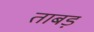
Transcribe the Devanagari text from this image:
ताबड़